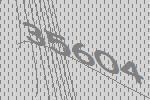
35604